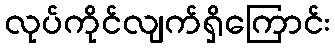
လုပ်ကိုင်လျက်ရှိကြောင်း